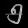
Digit: ၅